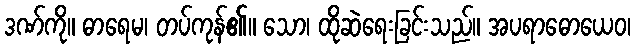
ဒဏ်ကို။ ဓာရေမ၊ တပ်ကုန်၏။ သော၊ ထိုဆဲရေးခြင်းသည်။ အပရာဓောယေဝ၊